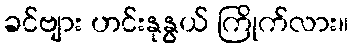
ခင်ဗျား ဟင်းနုနွယ် ကြိုက်လား။